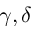
\gamma , \delta